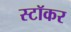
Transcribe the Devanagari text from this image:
स्टॉकर